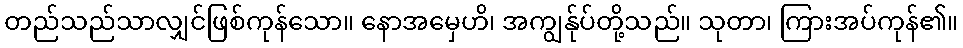
တည်သည်သာလျှင်ဖြစ်ကုန်သော။ နောအမှေဟိ၊ အကျွန်ုပ်တို့သည်။ သုတာ၊ ကြားအပ်ကုန်၏။